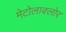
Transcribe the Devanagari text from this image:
मेटोलाक्‍लोर